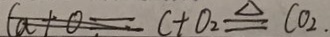
( a + 0 ) = c + 0 _ { 2 } \Delta q C O _ { 2 } .